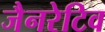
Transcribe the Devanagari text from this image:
जैनरेटिव